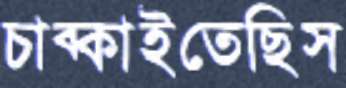
চাব্‌কাইতেছিস